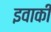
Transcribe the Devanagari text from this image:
इवाकी